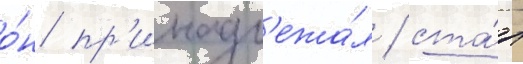
о́н пр'инадл'ежа́л / ста́л